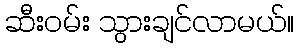
ဆီးဝမ်း သွားချင်လာမယ်။